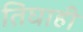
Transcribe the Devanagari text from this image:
तिघाही